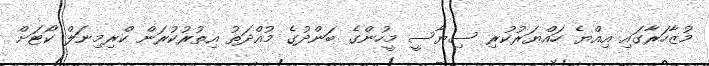
މުޒާހަރާގައި އިއްޔެ ހައްޔަރުކުރި ސިޔާސީ މީހުންގެ ބަންދުގެ މުއްދަތު އިތުރުކުރަން ކްރިމިނަލް ކޯޓަށް